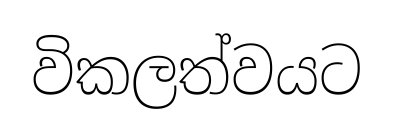
විකලත්වයට